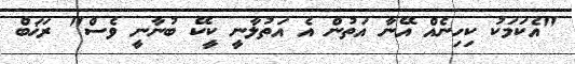
"އެކަމަކު ކިހިނެއް އޭނާ އަތުން އެ އަތުލާނީ ކީކޭ ބުނާނީ ވެސް" ރަޚަބް